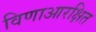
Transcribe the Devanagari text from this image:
विणाआरक्षित